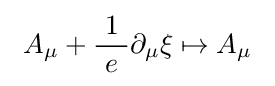
\ A_{\mu }+{\frac {1}{\ e\ }}\partial _{\mu }\xi \mapsto A_{\mu }~